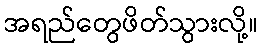
အရည်တွေဖိတ်သွားလို့။